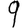
Digit: 9